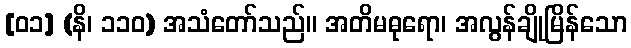
[၀၁] (နိ၊ ၁၁၀) အသံတော်သည်။ အတိမဓုရော၊ အလွန်ချိုမြိန်သော